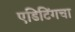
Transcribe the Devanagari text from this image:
एडिटिंगचा